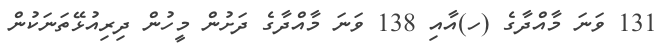
131 ވަނަ މާއްދާގެ (ހ)އާއި 138 ވަނަ މާއްދާގެ ދަށުން މީހުން ދިރިއުޅޭތަނަކުން